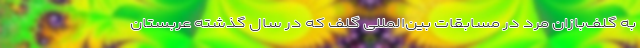
به گلف‌بازان مرد در مسابقات بین‌المللی گلف که در سال گذشته عربستان